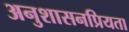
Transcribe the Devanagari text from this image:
अनुशासनप्रियता